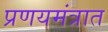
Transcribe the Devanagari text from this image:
प्रणयमंत्रात